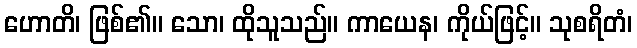
ဟောတိ၊ ဖြစ်၏။ သော၊ ထိုသူသည်။ ကာယေန၊ ကိုယ်ဖြင့်။ သုစရိတံ၊